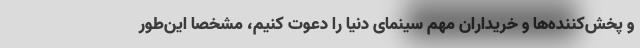
و پخش‌کننده‌ها و خریداران مهم سینمای دنیا را دعوت کنیم، مشخصا این‌طور